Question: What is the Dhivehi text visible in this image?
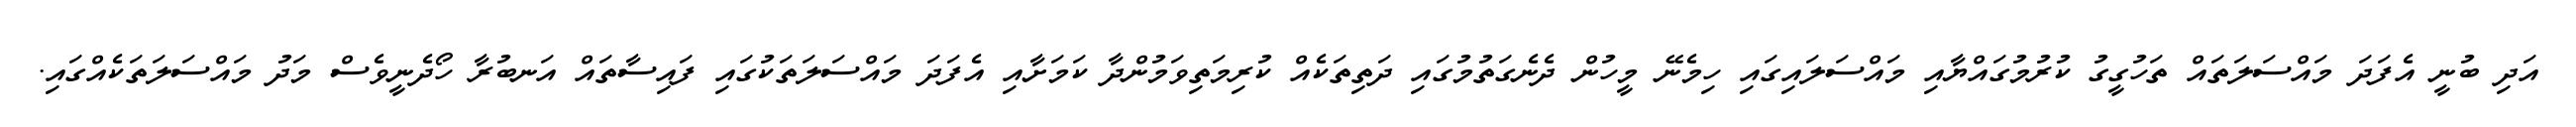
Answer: އަދި ބުނީ އެފަދަ މައްސަލަތައް ތަހުގީގު ކުރުމުގައްޔާއި މައްސަލައިގައި ހިމެނޭ މީހުން ދެނެގަތުމުގައި ދަތިތަކެއް ކުރިމަތިވަމުންދާ ކަމަށާއި އެފަދަ މައްސަލަތަކުގައި ފައިސާތައް އަނބުރާ ހޯދެނީވެސް މަދު މައްސަލަތަކެއްގައި.